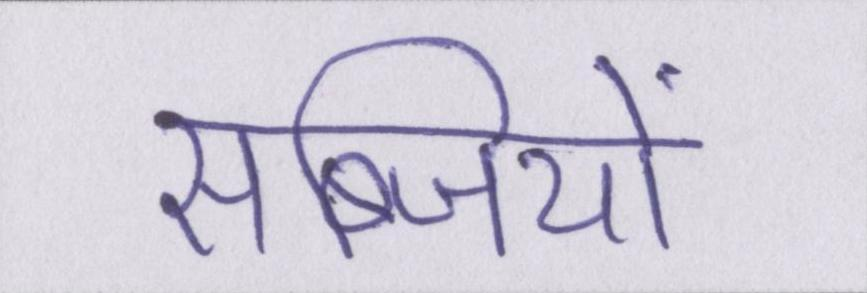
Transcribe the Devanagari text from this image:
सब्जियों